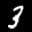
Label: 3